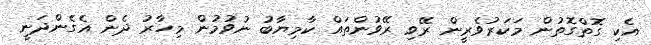
އެކި ގޮތްގޮތުން މަކަރުވެރީން ރޭވި ރޭވުންތައް ކާމިޔާބު ނުވުމުން މިހާރު ދެން އެގެންދަނީ